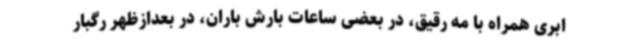
ابری همراه با مه رقیق، در بعضی ساعات بارش باران، در بعدازظهر رگبار